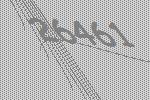
26461